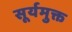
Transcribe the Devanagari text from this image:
सूर्यमुक्त